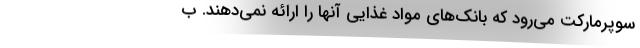
سوپرمارکت می‌رود که بانک‌های مواد غذایی آنها را ارائه نمی‌دهند. ب